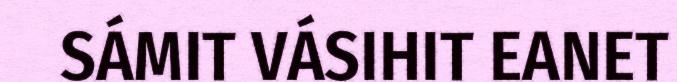
SÁMIT VÁSIHIT EANET